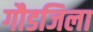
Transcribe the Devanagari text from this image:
गौडजिला